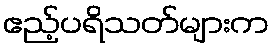
ဧည့်ပရိသတ်များက